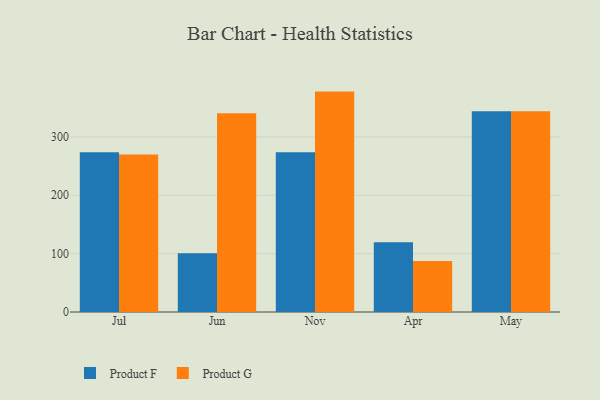
{"axis": {"x": "Month", "y": "Energy Usage (MWh)"}, "legend": ["Product F", "Product G"], "data": [{"x": "Jul", "y": 273.8, "type": "Product F"}, {"x": "Jul", "y": 270.1, "type": "Product G"}, {"x": "Jun", "y": 100.7, "type": "Product F"}, {"x": "Jun", "y": 340.6, "type": "Product G"}, {"x": "Nov", "y": 273.9, "type": "Product F"}, {"x": "Nov", "y": 377.7, "type": "Product G"}, {"x": "Apr", "y": 119.6, "type": "Product F"}, {"x": "Apr", "y": 87.6, "type": "Product G"}, {"x": "May", "y": 344.2, "type": "Product F"}, {"x": "May", "y": 344.2, "type": "Product G"}]}